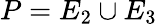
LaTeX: P=E_{2}\cup E_{3}